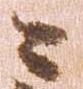
々